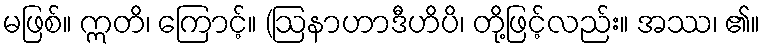
မဖြစ်။ ဣတိ၊ ကြောင့်။ (ဩနာဟာဒီဟိပိ၊ တို့ဖြင့်လည်း။ အဿ၊ ၏။